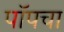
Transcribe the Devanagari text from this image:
पॉपचा